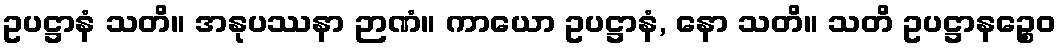
ဥပဋ္ဌာနံ သတိ။ အနုပဿနာ ဉာဏံ။ ကာယော ဥပဋ္ဌာနံ, နော သတိ။ သတိ ဥပဋ္ဌာနဉ္စေဝ